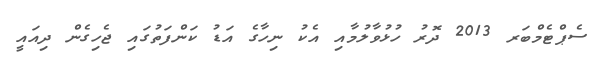
ސެޕްޓެމްބަރ 2013 ދޮރު ހުޅުވާލުމާއި އެކު ނިހާގެ އަޑު ކަންފަތުގައި ޖެހިގެން ދިއައީ